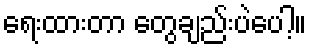
ရေးထားတာ တွေချည်းပဲပေါ့။